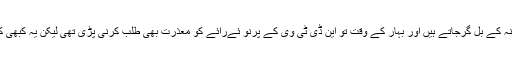
الیکشن سروے کئی مرتبہ منہ کے بل گرجاتے ہیں اور بہار کے وقت تو این ڈی ٹی وی کے پرنو ئےرائے کو معذرت بھی طلب کرنی پڑی تھی لیکن یہ کبھی کبھار درست بھی ہوتے ہیں۔